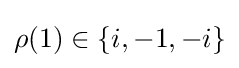
\rho ({1})\in \{i,-1,-i\}